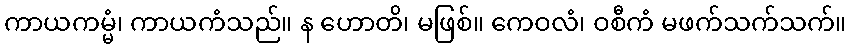
ကာယကမ္မံ၊ ကာယကံသည်။ န ဟောတိ၊ မဖြစ်။ ကေဝလံ၊ ဝစီကံ မဖက်သက်သက်။